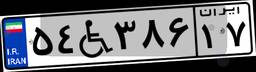
۵۴W۳۸۶۱۷